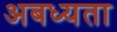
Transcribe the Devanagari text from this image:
अबध्यता